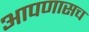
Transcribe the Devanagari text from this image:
आपणासच